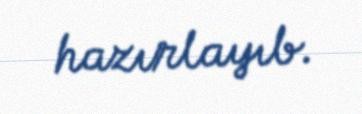
hazırlayıb.